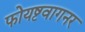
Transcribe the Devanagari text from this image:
फोयष्टवागनर